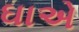
ઘાએ